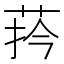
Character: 𦰄